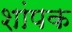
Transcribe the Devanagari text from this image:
शांपक